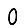
Digit: 0